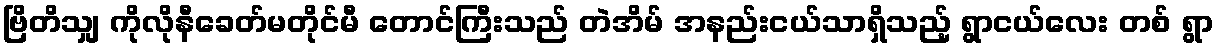
ဗြိတိသျှ ကိုလိုနီခေတ်မတိုင်မီ တောင်ကြီးသည် တဲအိမ် အနည်းငယ်သာရှိသည့် ရွာငယ်လေး တစ် ရွာ